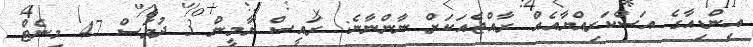
އިންޑިއާގެ އަސްކަރިއްޔާއެއް ރާއްޖެއަކަށް ނާންނާނެ: ރައީސް ޔާމީން 3 ދުވަސް 47 މިނެޓް